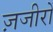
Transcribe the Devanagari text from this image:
ज़जीरों